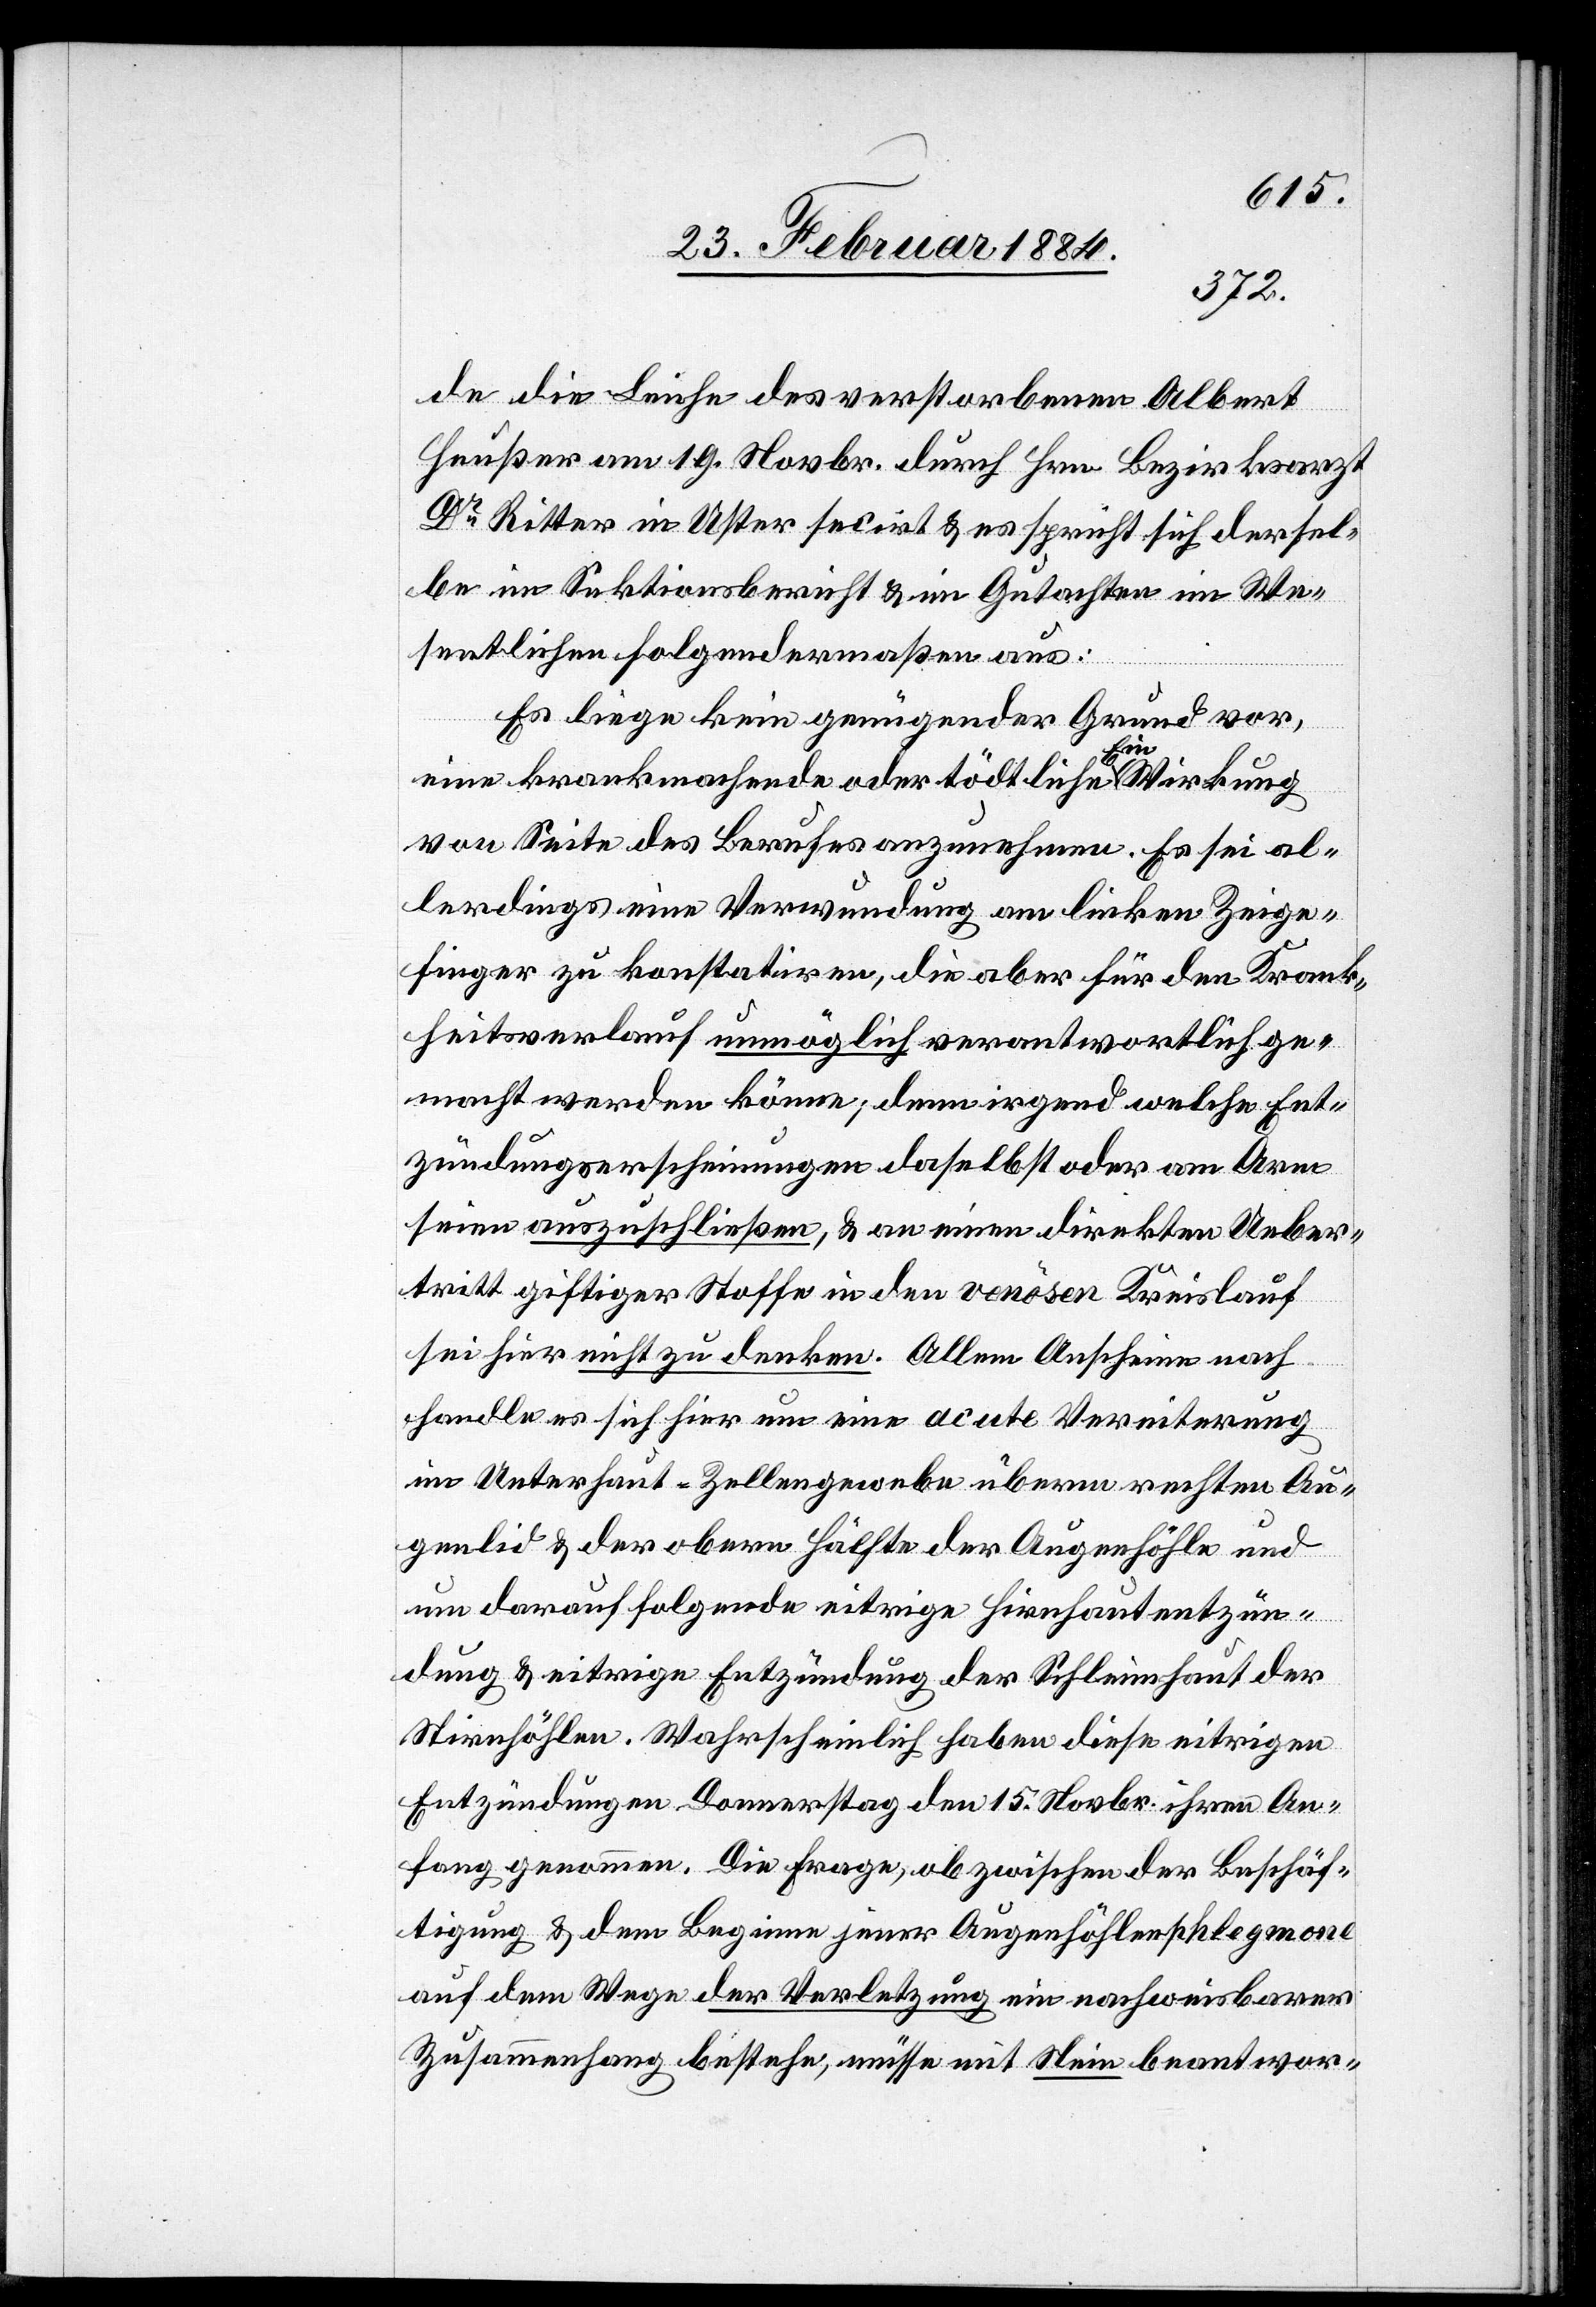
de die Leiche des verstorbenen Albert
Heußer am 19. Novbr. durch Hrn. Bezirksarzt
Dr Ritter in Uster secirt & es spricht sich dersel¬
be im Sektionsbericht & im Gutachten im We¬
sentlichen folgendermaßen aus:
Es liege kein genügender Grund vor,
eine krankmachende oder tödtliche Einwirkung
von Seite des Berufes anzunehmen. Es sei al¬
lerdings eine Verwundung am linken Zeige¬
finger zu konstatiren, die aber für den Krank¬
heitsverlauf unmöglich verantwortlich ge¬
macht werden könne; denn irgend welche Ent¬
zündungserscheinungen daselbst oder am Arm
seien auszuschließen, & an einen direkten Ueber¬
tritt giftiger Stoffe in den venösen Kreislauf
sei hier nicht zu denken. Allem Anschein nach
handle es sich hier um eine acute Vereiterung
im Unterhaut-Zellengewebe übern rechten Au¬
genlid & der obern Hälfte der Augenhöhle und
um darauf folgende eitrige Hirnhautentzün¬
dung & eitrige Entzündung der Schleimhaut der
Stirnhöhle. Wahrscheinlich haben diese eitrigen
Entzündungen Donnerstag den 15. Novbr. ihrem An¬
fang genommen. Die Frage, ob zwischen der Beschäf¬
tigung & dem Beginn jener Augenhöhlenphlegmone
auf dem Wege der Verletzung ein nachweisbarer
Zusammenhang bestehe, müsse mit Nein beantwor-